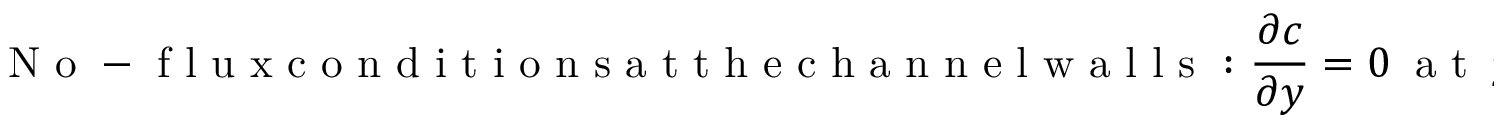
\mathrm { ~ N ~ o ~ - ~ f ~ l ~ u ~ x ~ c ~ o ~ n ~ d ~ i ~ t ~ i ~ o ~ n ~ s ~ a ~ t ~ t ~ h ~ e ~ c ~ h ~ a ~ n ~ n ~ e ~ l ~ w ~ a ~ l ~ l ~ s ~ : ~ } \frac { \partial c } { \partial y } = 0 ~ \mathrm { ~ a ~ t ~ } ~ y = \pm \frac { 1 } { 2 } ,